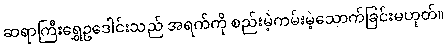
ဆရာကြီးရွှေဥဒေါင်းသည် အရက်ကို စည်းမဲ့ကမ်းမဲ့သောက်ခြင်းမဟုတ်။